Indian journal of veterinary science and animal husbandry - Volume 5,
Year: 1935
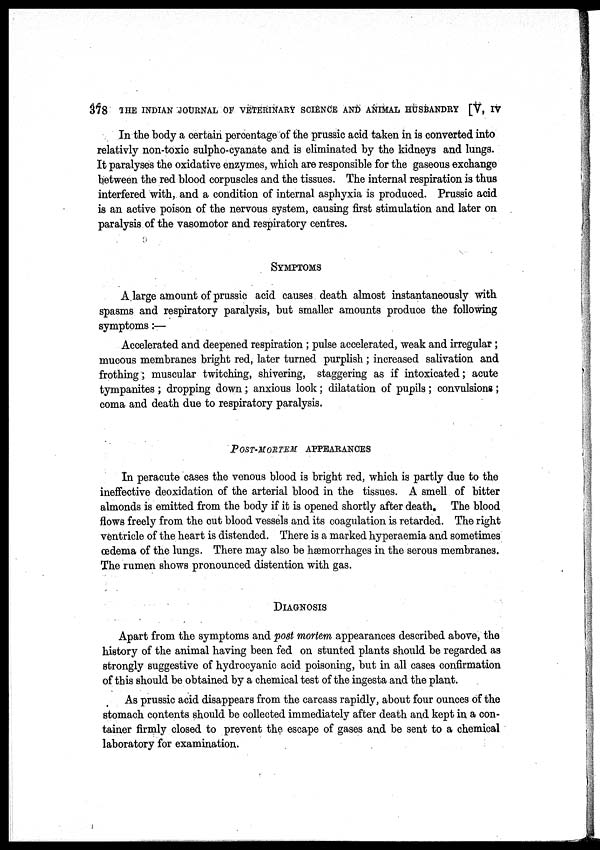
378 THE INDIAN JOURNAL OF VETERINARY SCIENCE AND ANIMAL HUSBANDRY [V, IV
In the body a certain percentage of the prussic acid taken in is converted into
relativly non-toxic sulpho-cyanate and is eliminated by the kidneys and lungs.
It paralyses the oxidative enzymes, which are responsible for the gaseous exchange
between the red blood corpuscles and the tissues. The internal respiration is thus
interfered with, and a condition of internal asphyxia is produced. Prussic acid
is an active poison of the nervous system, causing first stimulation and later on
paralysis of the vasomotor and respiratory centres.
SYMPTOMS
A large amount of prussic acid causes death almost instantaneously with
spasms and respiratory paralysis, but smaller amounts produce the following
symptoms:—
Accelerated and deepened respiration ; pulse accelerated, weak and irregular ;
mucous membranes bright red, later turned purplish ; increased salivation and
frothing ; muscular twitching, shivering, staggering as if intoxicated; acute
tympanites ; dropping down ; anxious look ; dilatation of pupils ; convulsions ;
coma and death due to respiratory paralysis.
POST-MORTEM APPEARANCES
In peracute cases the venous blood is bright red, which is partly due to the
ineffective deoxidation of the arterial blood in the tissues. A smell of bitter
almonds is emitted from the body if it is opened shortly after death. The blood
flows freely from the cut blood vessels and its coagulation is retarded. The right
ventricle of the heart is distended. There is a marked hyperaemia and sometimes
œdema of the lungs. There may also be hæmorrhages in the serous membranes.
The rumen shows pronounced distention with gas.
DIAGNOSIS
Apart from the symptoms and post mortem appearances described above, the
history of the animal having been fed on stunted plants should be regarded as
strongly suggestive of hydrocyanic acid poisoning, but in all cases confirmation
of this should be obtained by a chemical test of the ingesta and the plant.
As prussic acid disappears from the carcass rapidly, about four ounces of the
stomach contents should be collected immediately after death and kept in a con-
tainer firmly closed to prevent the escape of gases and be sent to a chemical
laboratory for examination.